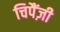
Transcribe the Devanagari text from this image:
चिपैंज़ी